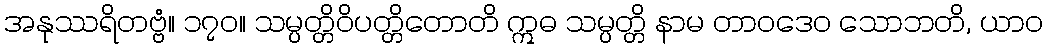
အနုဿရိတဗ္ဗံ။ ၁၇၀။ သမ္ပတ္တိဝိပတ္တိတောတိ ဣဓ သမ္ပတ္တိ နာမ တာဝဒေဝ သောဘတိ, ယာဝ